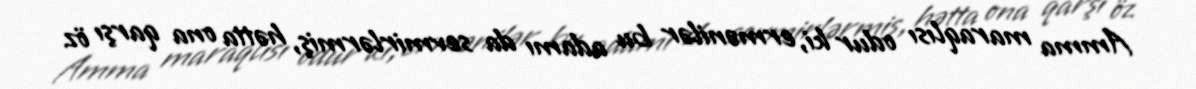
Amma maraqlısı odur ki, ermənilər bu adamı da sevmirlərmiş, hətta ona qarşı öz